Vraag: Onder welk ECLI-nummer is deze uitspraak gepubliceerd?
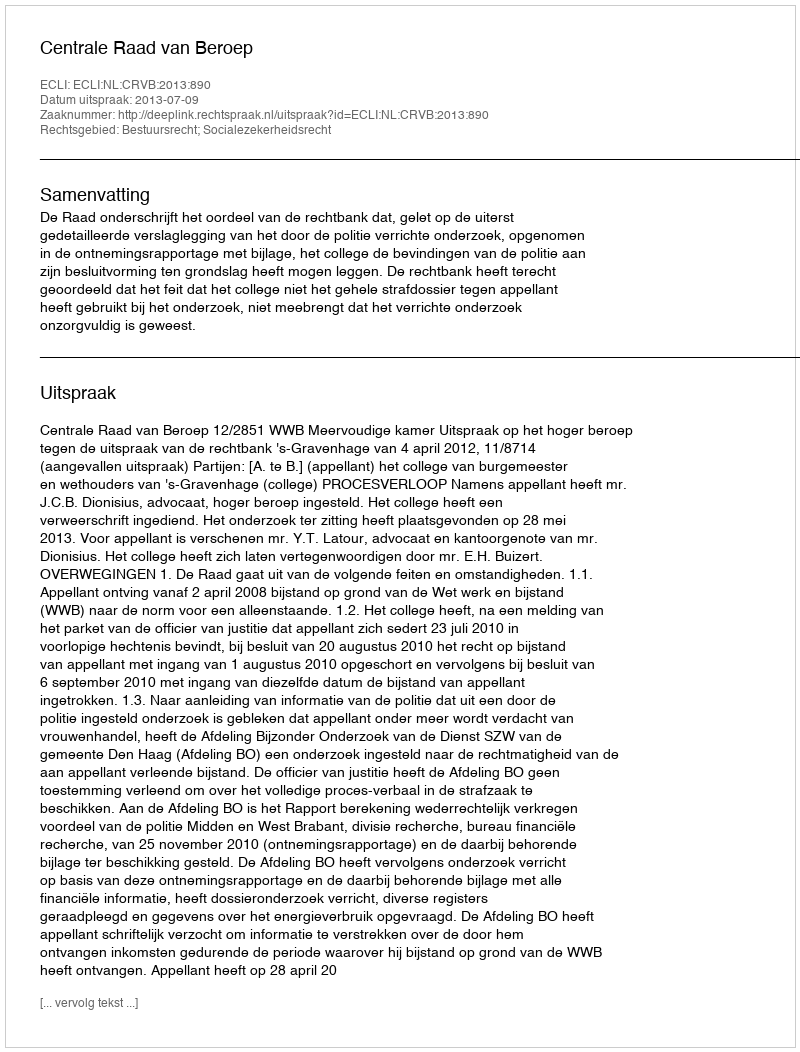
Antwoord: ECLI:NL:CRVB:2013:890